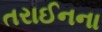
તરાઈનના